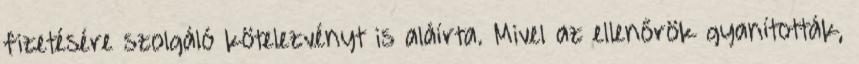
fizetésére szolgáló kötelezvényt is aláírta. Mivel az ellenőrök gyanították,